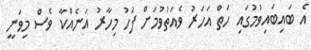
އެ ބައިބައިވުމުގައި ހަތް އަހަރު ވެއަތުވުމަށް ފަހު މިހާރު އަނެއްކާ ވެސް މިވަނީ